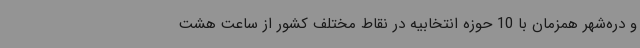
و دره‌شهر همزمان با 10 حوزه انتخابیه در نقاط مختلف کشور از ساعت هشت